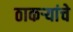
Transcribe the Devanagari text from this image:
ठाकऱ्यांचे